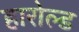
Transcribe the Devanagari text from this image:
हारोल्ड